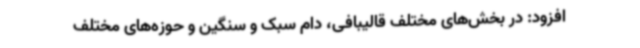
افزود: در بخش‌های مختلف قالیبافی، دام سبک و سنگین و حوزه‌های مختلف